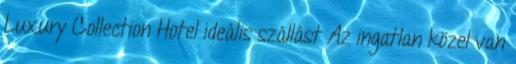
Luxury Collection Hotel ideális szállást Az ingatlan közel van